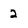
Character: 2